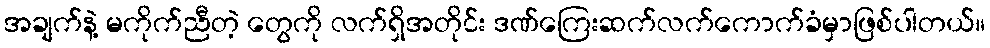
အချက်နဲ့ မကိုက်ညီတဲ့ တွေကို လက်ရှိအတိုင်း ဒဏ်ကြေးဆက်လက်ကောက်ခံမှာဖြစ်ပါတယ်။